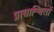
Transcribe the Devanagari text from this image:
प्रायाश्चितों